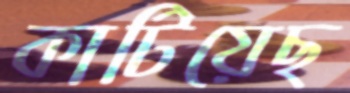
কাটিয়েছ